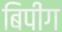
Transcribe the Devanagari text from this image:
बिपींग